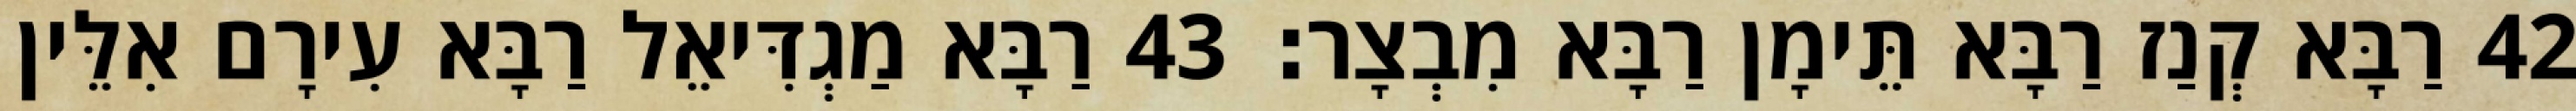
42 רַבָּא קְנַז רַבָּא תֵּימָן רַבָּא מִבְצָר׃ 43 רַבָּא מַגְדִּיאֵל רַבָּא עִירָם אִלֵּין